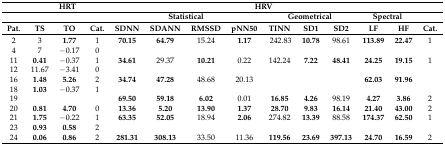
<table><thead><tr><td></td><td colspan="3"><b>HRT</b></td><td colspan="9"><b>HRV</b></td><td></td></tr><tr><td></td><td></td><td></td><td></td><td colspan="4"><b>Statistical</b></td><td colspan="3"><b>Geometrical</b></td><td colspan="2"><b>Spectral</b></td><td></td></tr><tr><td><b>Pat.</b></td><td><b>TS</b></td><td><b>TO</b></td><td><b>Cat.</b></td><td><b>SDNN</b></td><td><b>SDANN</b></td><td><b>RMSSD</b></td><td><b>pNN50</b></td><td><b>TINN</b></td><td><b>SD1</b></td><td><b>SD2</b></td><td><b>LF</b></td><td><b>HF</b></td><td><b>Cat.</b></td></tr></thead><tbody><tr><td>2</td><td>3</td><td><b>1.77</b></td><td>1</td><td><b>70.15</b></td><td><b>64.79</b></td><td>15.24</td><td><b>1.17</b></td><td>242.83</td><td><b>10.78</b></td><td>98.61</td><td><b>113.89</b></td><td><b>22.47</b></td><td>1</td></tr><tr><td>4</td><td>7</td><td>−0.17</td><td>0</td><td></td><td></td><td></td><td></td><td></td><td></td><td></td><td></td><td></td></tr><tr><td>11</td><td><b>0.41</b></td><td>−0.37</td><td>1</td><td><b>34.61</b></td><td>29.37</td><td><b>10.21</b></td><td>0.22</td><td>142.24</td><td><b>7.22</b></td><td><b>48.41</b></td><td><b>24.25</b></td><td><b>19.15</b></td><td>1</td></tr><tr><td>12</td><td>11.67</td><td>−3.41</td><td>0</td><td></td><td></td><td></td><td></td><td></td><td></td><td></td><td></td><td></td></tr><tr><td>16</td><td><b>1.48</b></td><td><b>5.26</b></td><td>2</td><td><b>34.74</b></td><td><b>47.28</b></td><td>48.68</td><td>20.13</td><td></td><td></td><td></td><td><b>62.03</b></td><td><b>91.96</b></td><td></td></tr><tr><td>18</td><td><b>1.03</b></td><td>−0.37</td><td>1</td><td></td><td></td><td></td><td></td><td></td><td></td><td></td><td></td><td></td><td></td></tr><tr><td>19</td><td></td><td></td><td></td><td><b>69.50</b></td><td><b>59.18</b></td><td><b>6.02</b></td><td>0.01</td><td><b>16.85</b></td><td><b>4.26</b></td><td>98.19</td><td><b>4.27</b></td><td><b>3.86</b></td><td>2</td></tr><tr><td>20</td><td><b>0.81</b></td><td><b>4.70</b></td><td>0</td><td><b>13.36</b></td><td><b>5.20</b></td><td><b>13.90</b></td><td><b>1.37</b></td><td><b>28.70</b></td><td><b>9.83</b></td><td><b>16.14</b></td><td><b>21.40</b></td><td><b>43.00</b></td><td>2</td></tr><tr><td>21</td><td><b>1.75</b></td><td>−0.22</td><td>1</td><td><b>63.35</b></td><td><b>52.05</b></td><td>18.94</td><td><b>2.06</b></td><td>274.82</td><td><b>13.39</b></td><td>88.58</td><td><b>174.37</b></td><td><b>62.50</b></td><td>1</td></tr><tr><td>23</td><td><b>0.93</b></td><td><b>0.58</b></td><td>2</td><td></td><td></td><td></td><td></td><td></td><td></td><td></td><td></td><td></td></tr><tr><td>24</td><td><b>0.06</b></td><td><b>0.86</b></td><td>2</td><td><b>281.31</b></td><td><b>308.13</b></td><td>33.50</td><td>11.36</td><td><b>119.56</b></td><td><b>23.69</b></td><td><b>397.13</b></td><td><b>24.70</b></td><td><b>16.59</b></td><td>2</td></tr></tbody></table>